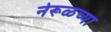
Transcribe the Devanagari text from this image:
नेरूळच्या